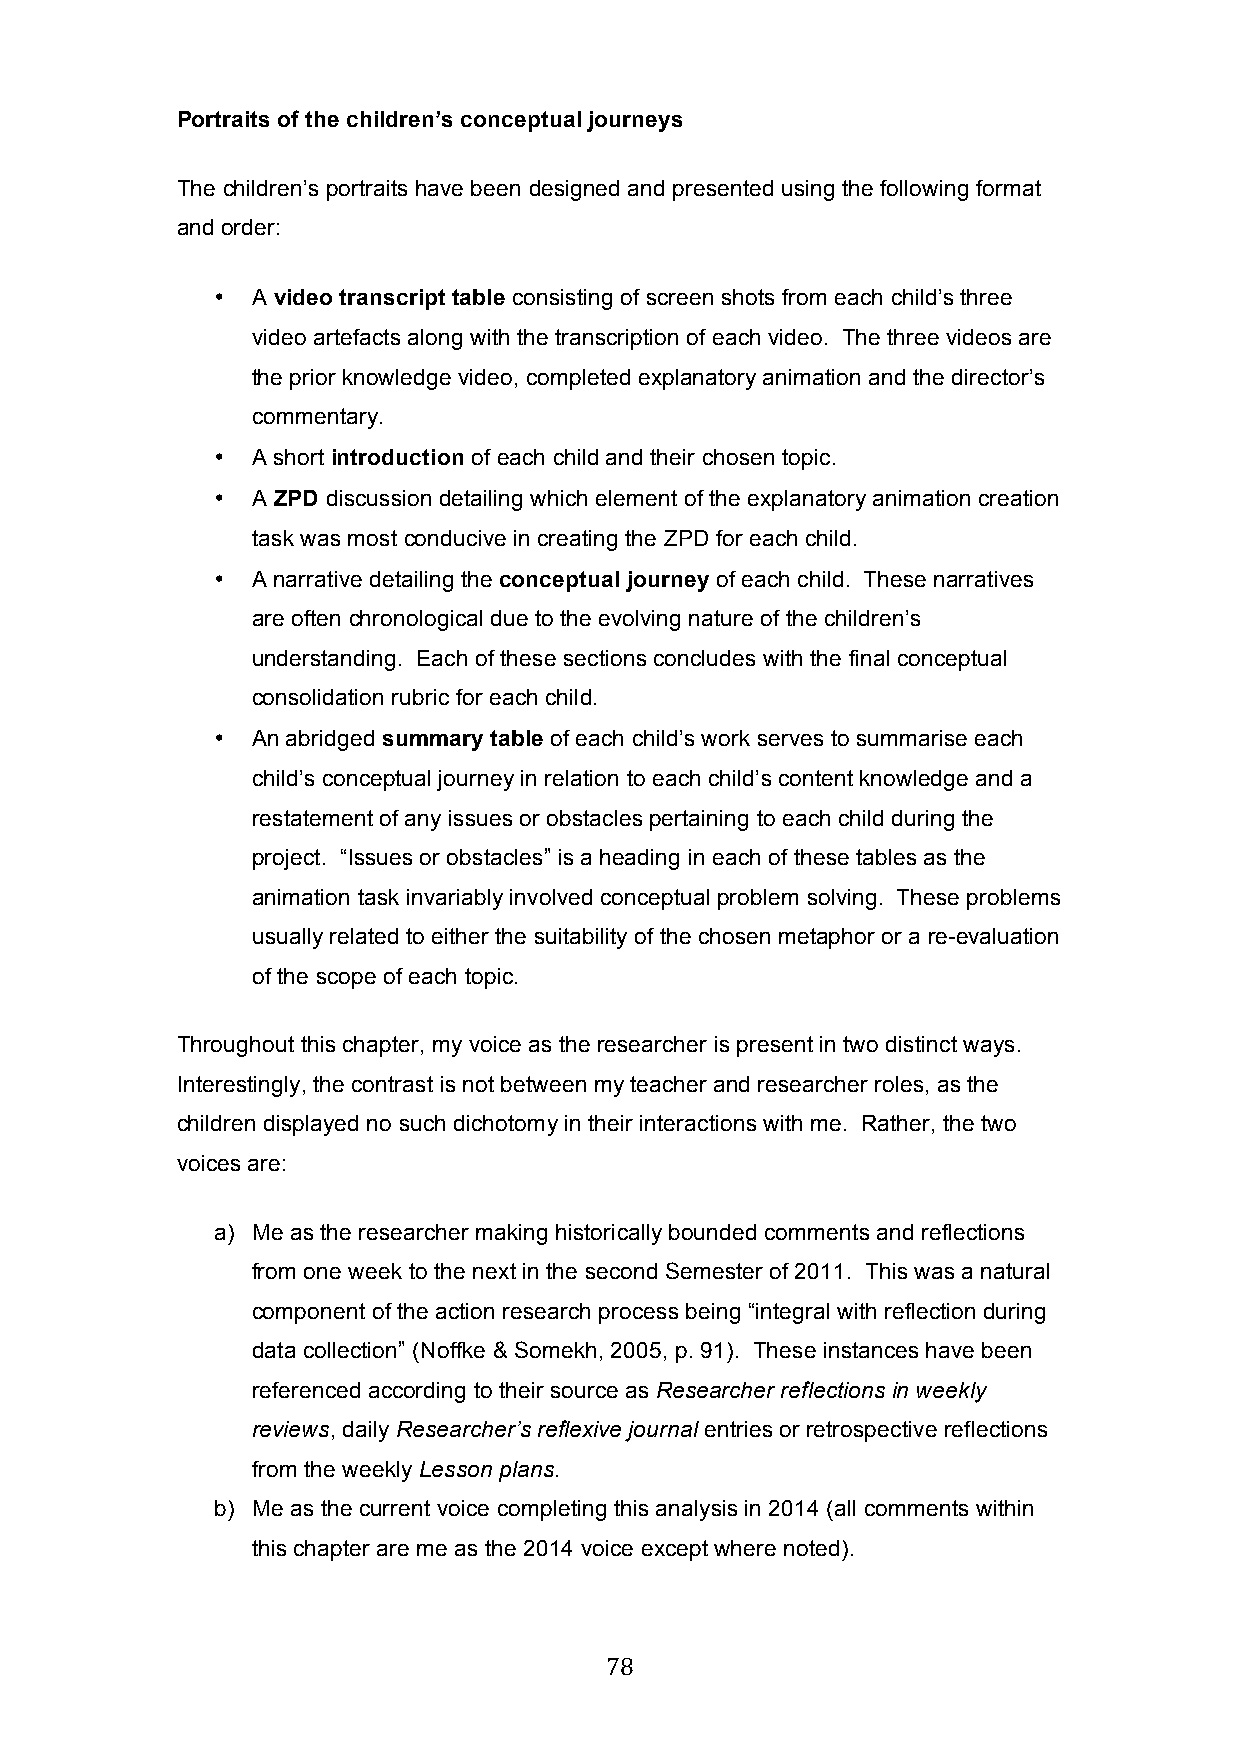
Portraits of the children’s conceptual journeys
 The children’s portraits have been designed and presented using the following format
 and order:
 •  A video transcript table consisting of screen shots from each child’s three
 video artefacts along with the transcription of each video. The three videos are
 the prior knowledge video, completed explanatory animation and the director’s
 commentary.
 •  A short introduction of each child and their chosen topic.
 •  A ZPD discussion detailing which element of the explanatory animation creation
 task was most conducive in creating the ZPD for each child.
 •  A narrative detailing the conceptual journey of each child. These narratives
 are often chronological due to the evolving nature of the children’s
 understanding. Each of these sections concludes with the final conceptual
 consolidation rubric for each child.
 •  An abridged summary table of each child’s work serves to summarise each
 child’s conceptual journey in relation to each child’s content knowledge and a
 restatement of any issues or obstacles pertaining to each child during the
 project. “Issues or obstacles” is a heading in each of these tables as the
 animation task invariably involved conceptual problem solving. These problems
 usually related to either the suitability of the chosen metaphor or a re-evaluation
 of the scope of each topic.
 Throughout this chapter, my voice as the researcher is present in two distinct ways.
 Interestingly, the contrast is not between my teacher and researcher roles, as the
 children displayed no such dichotomy in their interactions with me. Rather, the two
 voices are:
 a) Me as the researcher making historically bounded comments and reflections
 from one week to the next in the second Semester of 2011. This was a natural
 component of the action research process being “integral with reflection during
 data collection” (Noffke & Somekh, 2005, p. 91). These instances have been
 referenced according to their source as Researcher reflections in weekly
 reviews, daily Researcher’s reflexive journal entries or retrospective reflections
 from the weekly Lesson plans.
 b) Me as the current voice completing this analysis in 2014 (all comments within
 this chapter are me as the 2014 voice except where noted).
 78